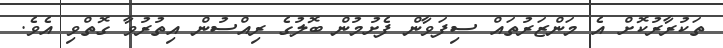
ތަކުރާރުކޮށް އެ މަންޒަރުތައް ސިފަވާން ފެށުމުން ބޮލުގެ ރިއްސުން އިތުރުވާ ގޮތްވި އެވެ.